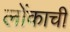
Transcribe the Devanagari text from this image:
लोंकाची